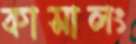
কাসালং